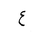
Letter: _ayn